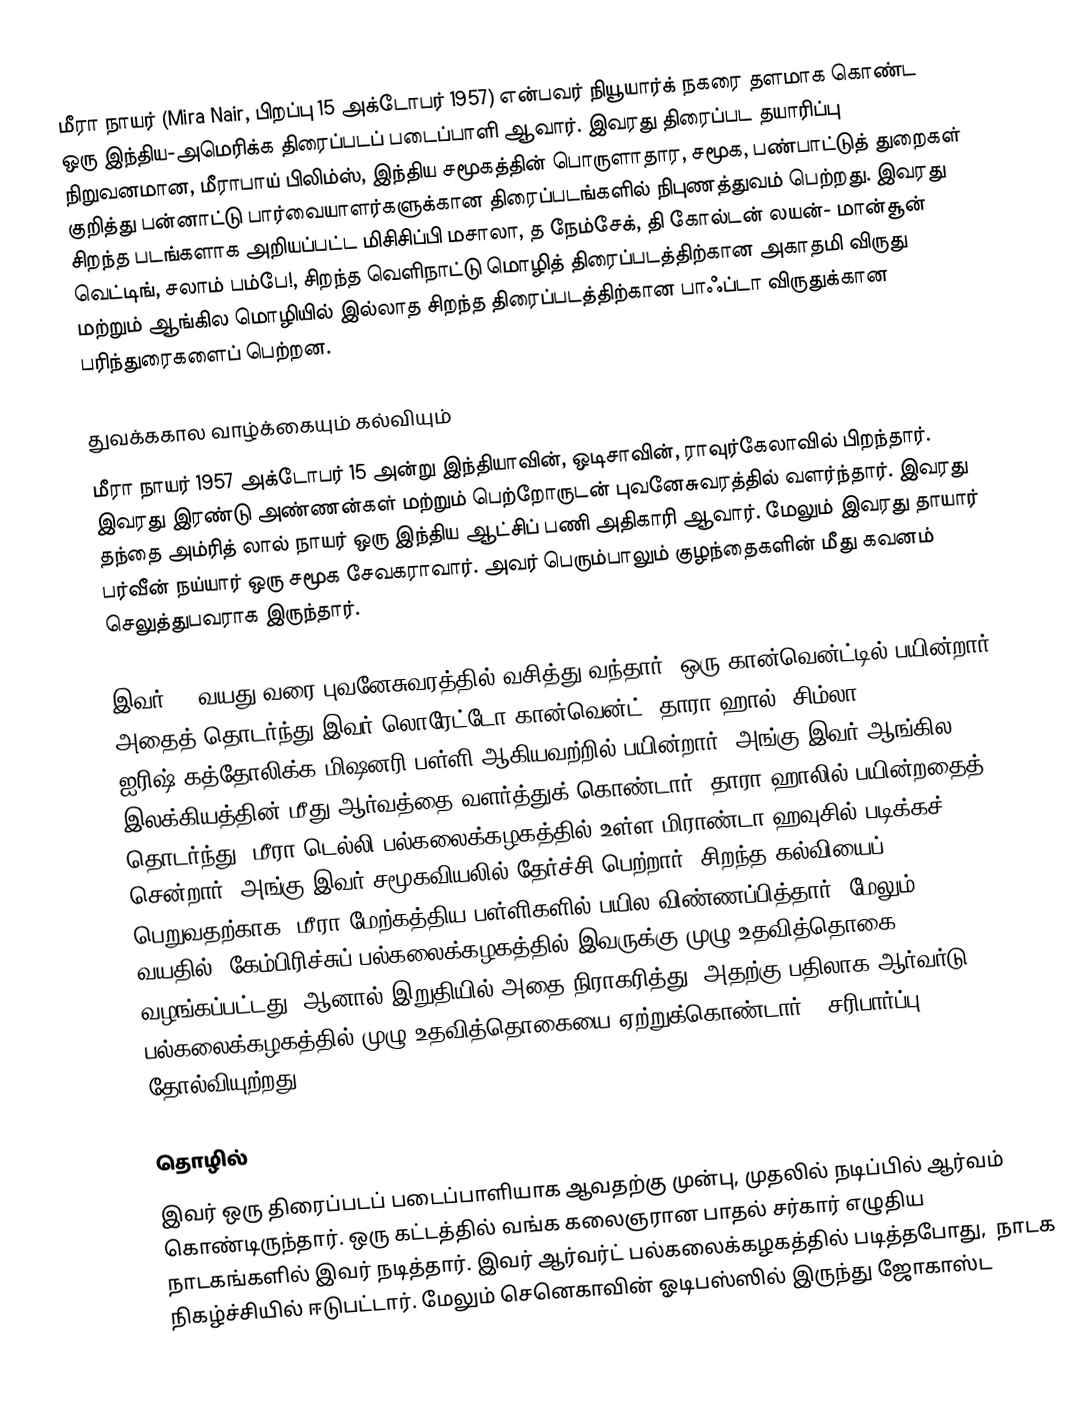
மீரா நாயர் (Mira Nair, பிறப்பு 15 அக்டோபர் 1957) என்பவர் நியூயார்க் நகரை தளமாக கொண்ட ஒரு இந்திய-அமெரிக்க  திரைப்படப் படைப்பாளி ஆவார். இவரது திரைப்பட தயாரிப்பு நிறுவனமான, மீராபாய் பிலிம்ஸ், இந்திய சமூகத்தின் பொருளாதார, சமூக, பண்பாட்டுத் துறைகள் குறித்து   பன்னாட்டு பார்வையாளர்களுக்கான திரைப்படங்களில் நிபுணத்துவம் பெற்றது. இவரது சிறந்த படங்களாக அறியப்பட்ட மிசிசிப்பி மசாலா, த நேம்சேக், தி கோல்டன் லயன்- மான்சூன் வெட்டிங்,  சலாம் பம்பே!,  சிறந்த வெளிநாட்டு மொழித் திரைப்படத்திற்கான அகாதமி விருது மற்றும் ஆங்கில மொழியில் இல்லாத சிறந்த திரைப்படத்திற்கான பாஃப்டா விருதுக்கான பரிந்துரைகளைப் பெற்றன.

துவக்ககால வாழ்க்கையும் கல்வியும்
மீரா நாயர் 1957 அக்டோபர் 15 அன்று இந்தியாவின், ஒடிசாவின், ராவுர்கேலாவில் பிறந்தார்.  இவரது இரண்டு அண்ணன்கள் மற்றும் பெற்றோருடன்  புவனேசுவரத்தில் வளர்ந்தார். இவரது தந்தை அம்ரித் லால் நாயர் ஒரு  இந்திய ஆட்சிப் பணி  அதிகாரி ஆவார். மேலும் இவரது தாயார் பர்வீன் நய்யார் ஒரு சமூக சேவகராவார். அவர் பெரும்பாலும் குழந்தைகளின் மீது கவனம் செலுத்துபவராக இருந்தார்.

இவர் 18 வயது வரை புவனேசுவரத்தில் வசித்து வந்தார். ஒரு கான்வென்ட்டில் பயின்றார். அதைத் தொடர்ந்து இவர் லொரேட்டோ கான்வென்ட், தாரா ஹால், சிம்லா, ஐரிஷ்-கத்தோலிக்க மிஷனரி பள்ளி ஆகியவற்றில் பயின்றார். அங்கு இவர் ஆங்கில இலக்கியத்தின் மீது ஆர்வத்தை வளர்த்துக் கொண்டார். தாரா ஹாலில் பயின்றதைத் தொடர்ந்து, மீரா  டெல்லி பல்கலைக்கழகத்தில் உள்ள மிராண்டா ஹவுசில் படிக்கச் சென்றார், அங்கு இவர் சமூகவியலில் தேர்ச்சி பெற்றார்.  சிறந்த கல்வியைப் பெறுவதற்காக, மீரா மேற்கத்திய பள்ளிகளில் பயில விண்ணப்பித்தார், மேலும் 19 வயதில், கேம்பிரிச்சுப் பல்கலைக்கழகத்தில்  இவருக்கு முழு உதவித்தொகை வழங்கப்பட்டது, ஆனால் இறுதியில் அதை நிராகரித்து, அதற்கு பதிலாக ஆர்வர்டு பல்கலைக்கழகத்தில் முழு உதவித்தொகையை ஏற்றுக்கொண்டார். [சரிபார்ப்பு தோல்வியுற்றது]

தொழில்
இவர் ஒரு திரைப்படப் படைப்பாளியாக ஆவதற்கு முன்பு,  முதலில் நடிப்பில் ஆர்வம் கொண்டிருந்தார். ஒரு கட்டத்தில்  வங்க கலைஞரான பாதல் சர்கார் எழுதிய நாடகங்களில் இவர் நடித்தார். இவர் ஆர்வர்ட் பல்கலைக்கழகத்தில் படித்தபோது,  நாடக நிகழ்ச்சியில் ஈடுபட்டார். மேலும் செனெகாவின் ஓடிபஸ்ஸில் இருந்து ஜோகாஸ்ட